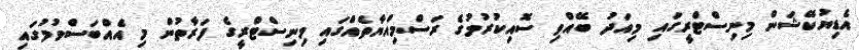
އެޑިޔުކޭޝަން މިނިސްޓްރީގައި މިއަދު ބޭއްވި ސޮއިކުރުމުގެ ރަސްމިއްޔާތެއްގައި މިނިސްޓްރީގެ ފަރާތުން މި އެއްބަސްވުމުގައި